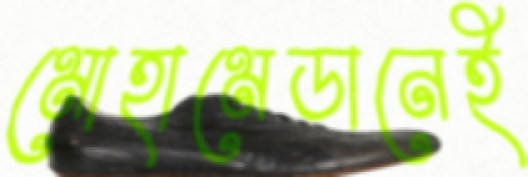
মোহামেডানেই